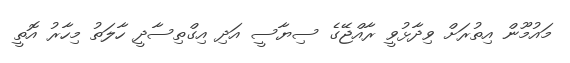
މައުމޫން އިތުރަށް ވިދާޅުވީ ރާއްޖޭގެ ސިޔާސީ އަދި އިގްތިސާދީ ހާލަތު މިހާރު އޮތީ